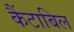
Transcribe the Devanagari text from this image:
कैंटाबिल